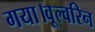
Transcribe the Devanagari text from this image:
गया।वूल्वरिन